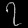
Digit: ၇